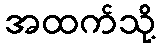
အထက်သို့